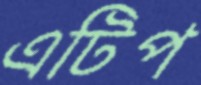
এটিপ